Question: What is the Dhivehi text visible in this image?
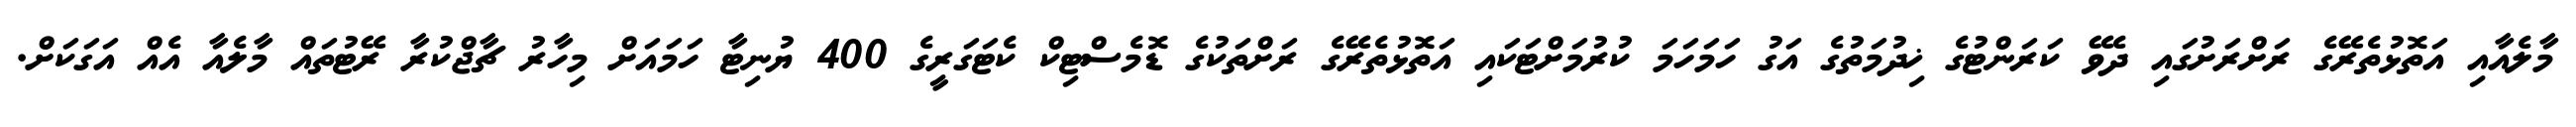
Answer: މާލެއާއި އަތޮޅުތެރޭގެ ރަށްރަށުގައި ދެވޭ ކަރަންޓުގެ ޚިދުމަތުގެ އަގު ހަމަހަމަ ކުރުމަށްޓަކައި އަތޮޅުތެރޭގެ ރަށްތަކުގެ ޑޮމެސްޓިކް ކެޓަގަރީގެ 400 ޔުނިޓާ ހަމައަށް މިހާރު ޗާޖްކުރާ ރޭޓުތައް މާލެއާ އެއް އަގަކަށް.